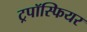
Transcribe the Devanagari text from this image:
ट्रपॉस्फियर